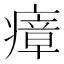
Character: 瘴